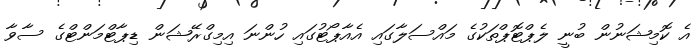
އެ ކޮމިޝަނުން ބުނީ ލެޕްޓޮޕްތަކުގެ މައްސަލާގައި އެއާޕޯޓުގައި ހުންނަ އިމިގްރޭޝަން ޑިޕާޓްމަންޓްގެ ސާވާ